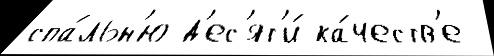
спа́льн'ю д'ес'ят'и́ ка́честв'е